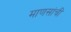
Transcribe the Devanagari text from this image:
माणसांचीं